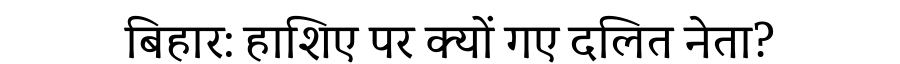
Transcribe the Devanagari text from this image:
बिहार: हाशिए पर क्यों गए दलित नेता?